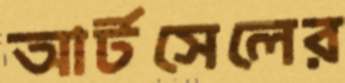
আর্টসেলের